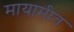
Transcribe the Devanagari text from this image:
मायामीत